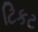
ટિકટ